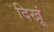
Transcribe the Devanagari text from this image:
दिखूं